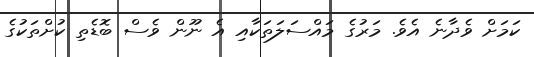
ކަމަށް ވެދާނެ އެވެ. މަރުގެ މައްސަލަތަކާއި އެ ނޫން ވެސް ބޮޑެތި ކުށްތަކުގެ